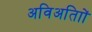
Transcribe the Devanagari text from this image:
अविअतािों